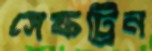
সেফট্রিন